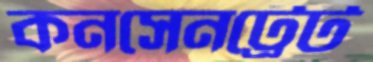
কনসেনট্রেট